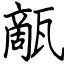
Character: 甋